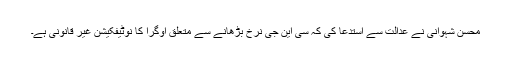
محسن شہوانی نے عدالت سے استدعا کی کہ سی این جی نرخ بڑھانے سے متعلق اوگرا کا نوٹیفکیشن غیر قانونی ہے۔